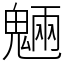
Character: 魎